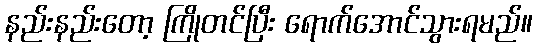
နည်းနည်းတော့ ကြိုတင်ပြီး ရောက်အောင်သွားရမည်။